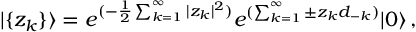
| \{ z _ { k } \} \rangle = e ^ { ( - \frac { 1 } { 2 } \sum _ { k = 1 } ^ { \infty } | z _ { k } | ^ { 2 } ) } e ^ { ( \sum _ { k = 1 } ^ { \infty } \pm z _ { k } d _ { - k } ) } | 0 \rangle \, ,